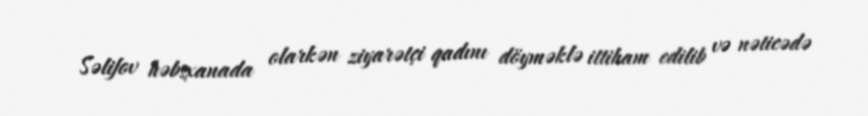
Səlifov həbsxanada olarkən ziyarətçi qadını döyməklə ittiham edilib və nəticədə